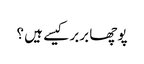
پوچھا بربر کیسے ہیں ؟